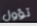
تؤول